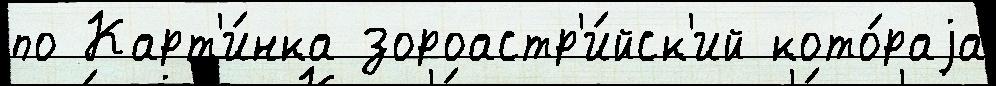
по Карт'и́нка зороастр'и́йск'ий кото́раjа